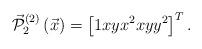
LaTeX: \begin{align*}\vec{\mathcal{P}}_{2}^{(2)}\left(\vec{x}\right)=\left[1xyx^{2}xyy^{2}\right]^{T}.\end{align*}